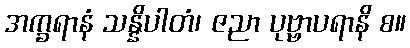
အက္ခရာနံ သန္နိပါတံ၊ ဇညာ ပုဗ္ဗာပရာနိ စ။